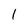
Character: I